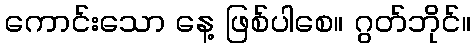
ကောင်းသော နေ့ ဖြစ်ပါစေ။ ဂွတ်ဘိုင်။